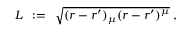
L \; \, : = \; \, \sqrt { ( r - r ^ { \prime } ) _ { \mu } ( r - r ^ { \prime } ) ^ { \mu } } \; ,